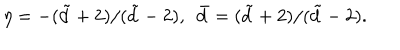
\eta = - ( \tilde { d } + 2 ) / ( \tilde { d } - 2 ) , \ \ \bar { d } = ( \tilde { d } + 2 ) / ( \tilde { d } - 2 ) .